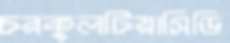
চরকুলটিয়াসিডি